Leaving Certificate Examination, 1921
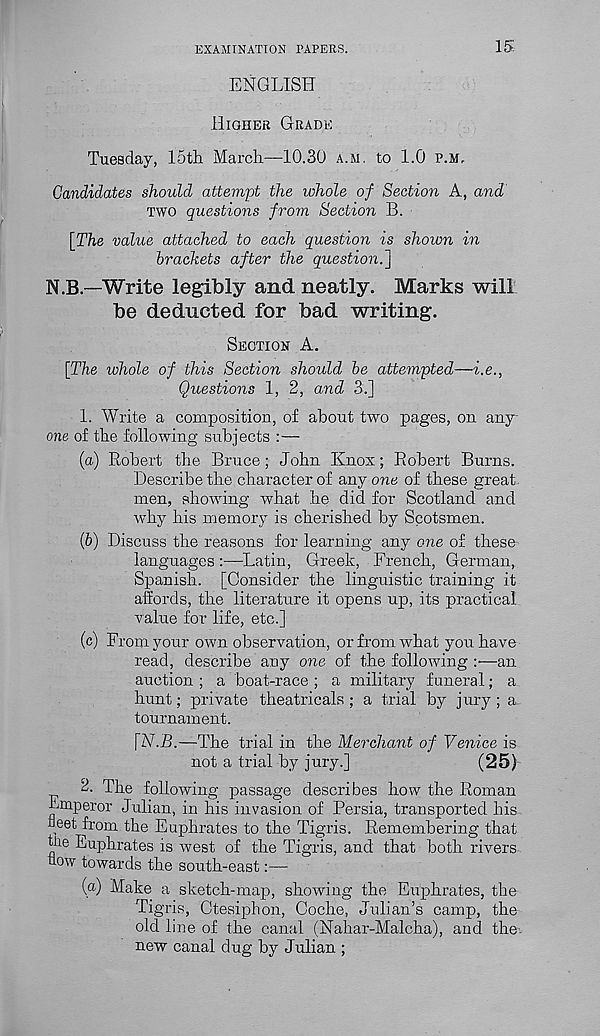
EXAMINATION PAPERS.
15
ENGLISH
HIGHER GRADE
Tuesday, 15th March—10.30 A.M. to 1.0 P.M.
Candidates should attem-pt the whole of Section A, and
TWO questions from Section B.
[The value attached to each question is shown in
brackets after the question.]
N.B.—Write legibly and neatly. Marks will
be deducted for bad writing.
SECTION A.
[The whole of this Section should be attempted—i.e.,
Questions 1, 2, and 3.]
1. Write a composition, of about two pages, on any-
one of the following subjects :—
(а) Robert the Bruce; John Knox; Robert Burns.
Describe the character of any one of these great
men, showing what he did for Scotland and
why his memory is cherished by Scotsmen.
(б) Discuss the reasons for learning any one of these
languages :—Latin, Greek, French, German,
Spanish. [Consider the linguistic training it
affords, the literature it opens up, its practical
value for life, etc.]
(c) From your own observation, or from what you have
read, describe any one of the following :•—an
auction ; a boat-race ; a military funeral; a
hunt; private theatricals ; a trial by jury ; a
tournament.
[N.B.—The trial in the Merchant of Venice is
not a trial by jury.]
(25)
2. The following passage describes how the Roman
Emperor Julian, in his invasion of Persia, transported his
fleet from the Euphrates to the Tigris. Remembering that
hie Euphrates is west of the Tigris, and that both rivers
flow towards the south-east:—
[a] Make a sketch-map, showing the Euphrates, the
Tigris, Ctesiphon, Coche, Julian’s camp, the
old line of the canal (Nahar-Malcha), and the
new canal dug by Julian ;